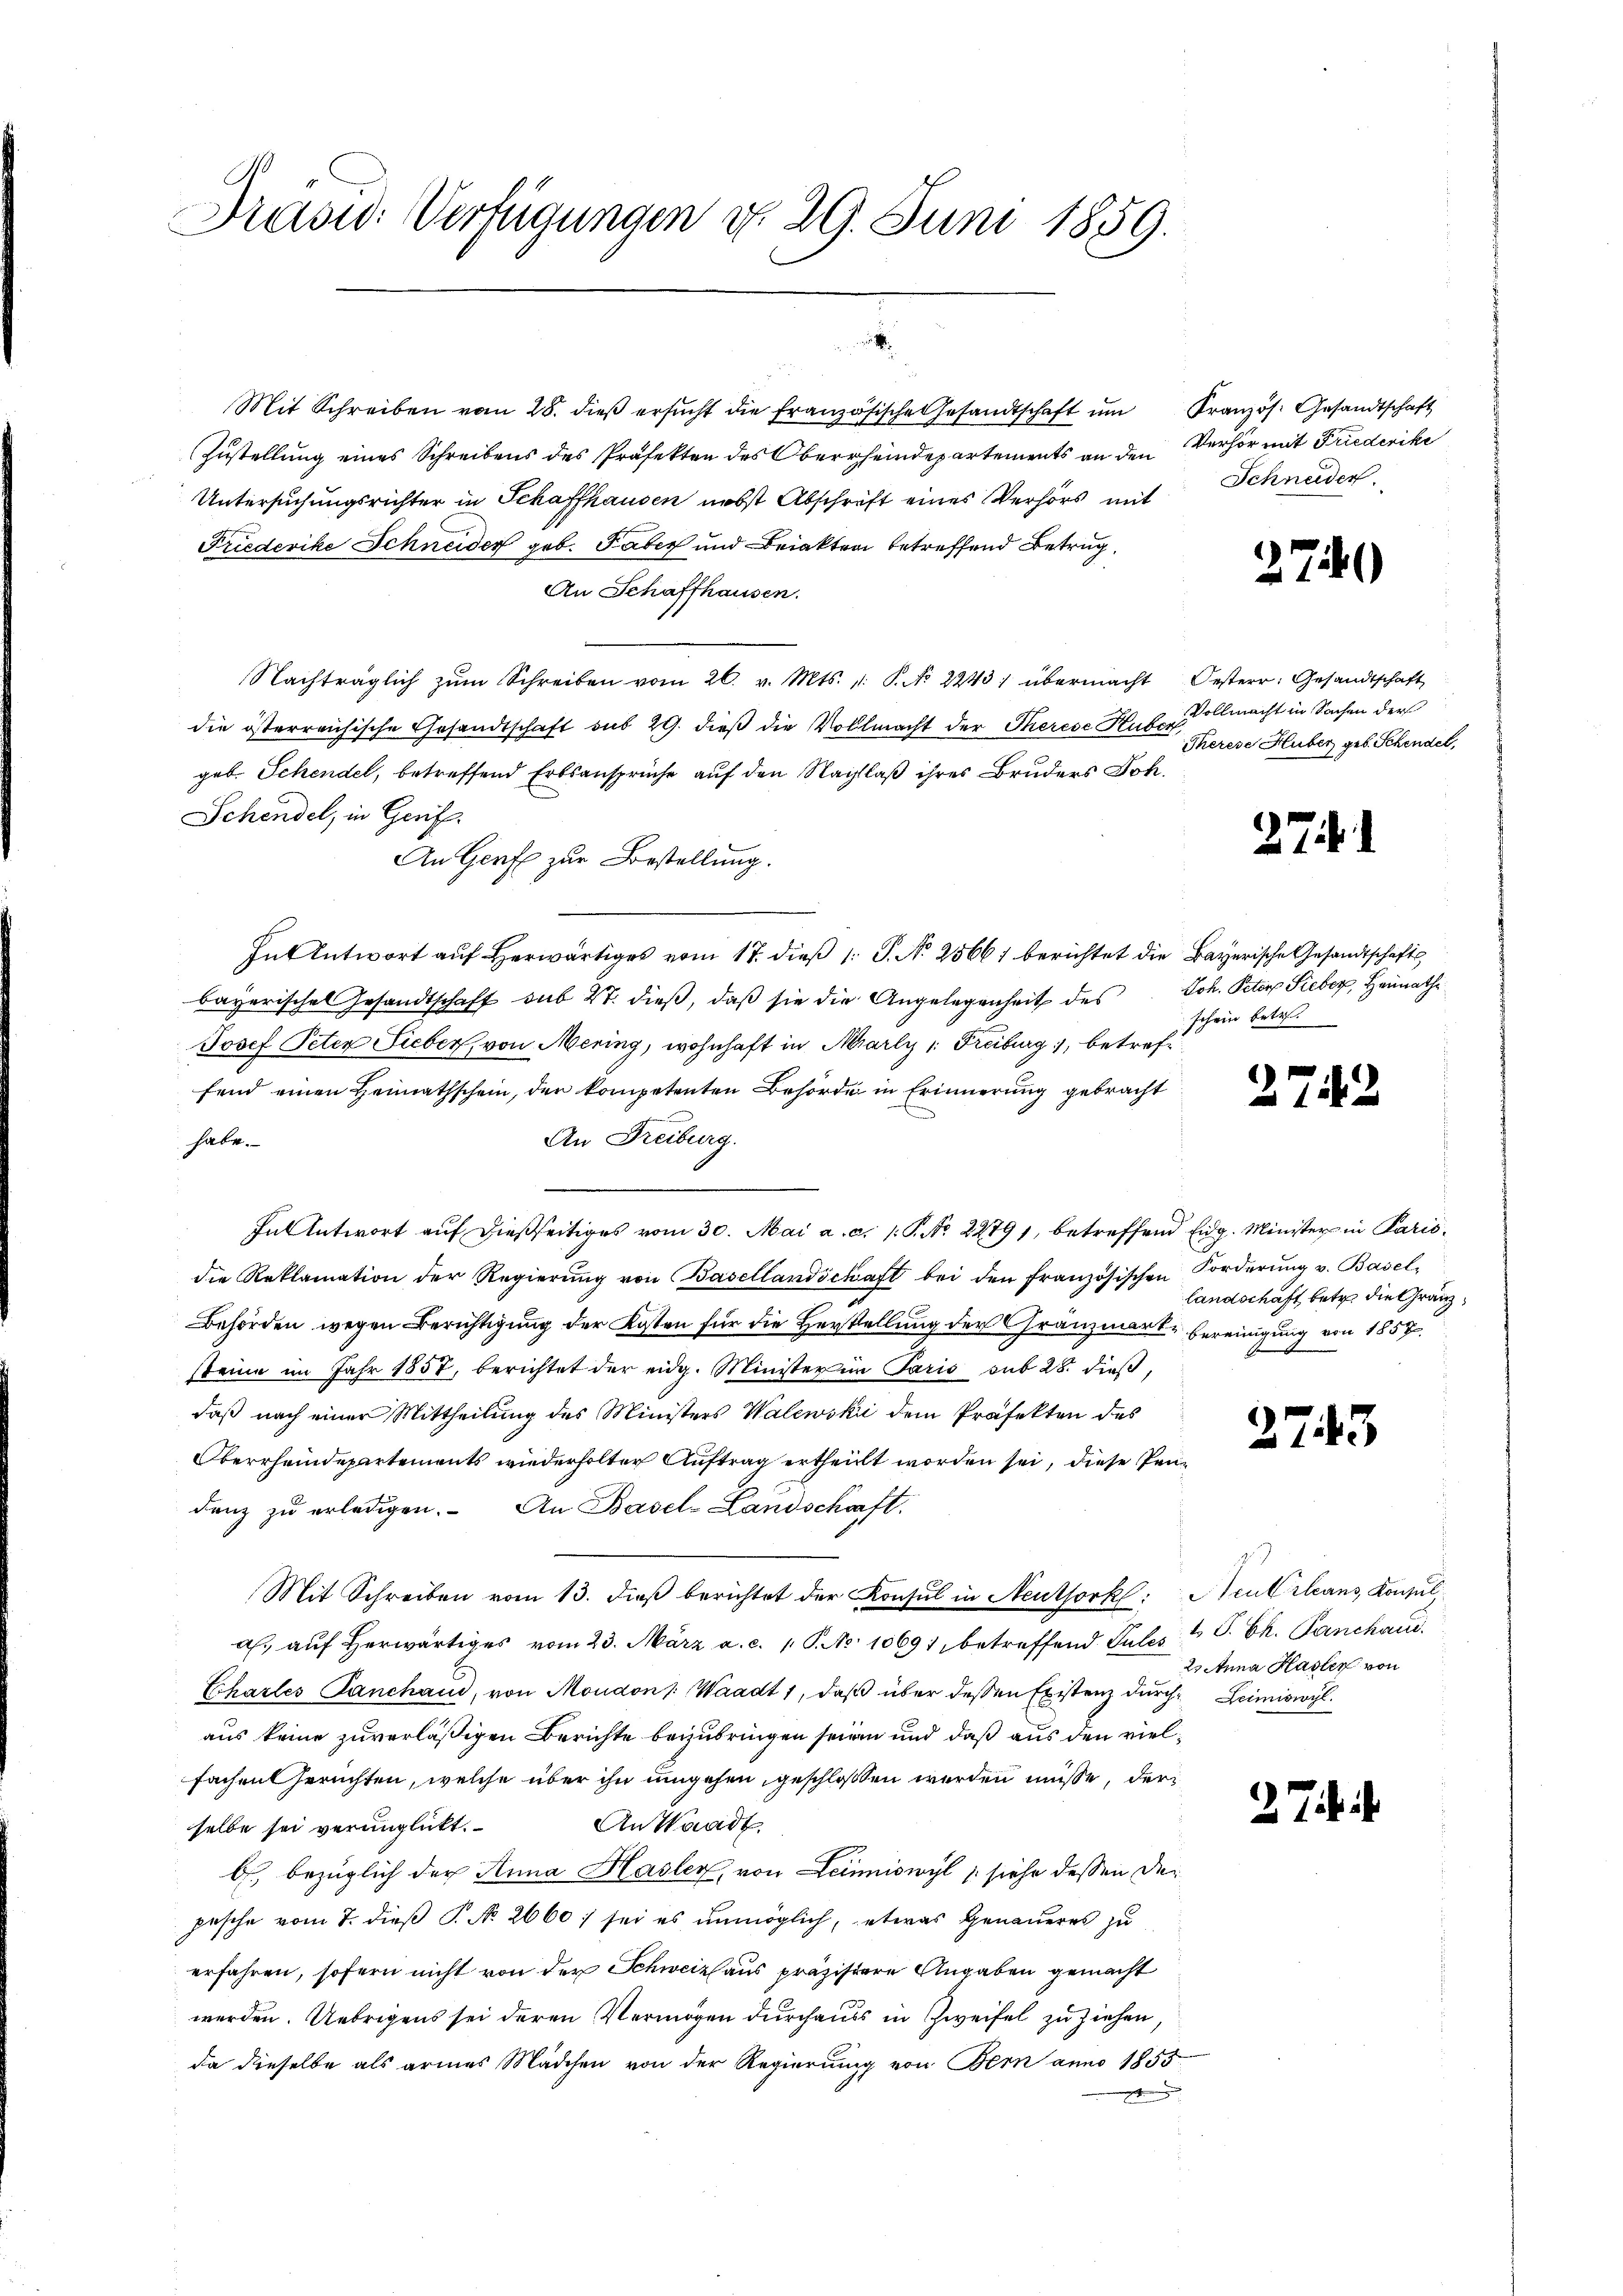
Präsid. Verfügungen d. 29. Juni 1859.

Mit Schreiben vom 28. dieß ersucht die französische Gesandtschaft um Kranzös. Gesandtschaft
Zustellung eines Schreibens des Präfekten des Oberrheindepartements an den Verhör mit Friederike
Untersuchungsrichter in Schaffhausen nebst Abschrift eines Verhörs mit Schneider
Friederike Schneider geb. Faber und Briakten betreffend Betrug,
An Schaffhausen.
Nachträglich zŭm Schreiben vom 26. v. Mts. v. P. No 2243. übermacht Oesterr. Gesandtschaft
die österreichische Gesandtschaft sub 29. dieß die Vollmacht der Therese Huber,
geb. Schendel, betreffend Erbsansprüche auf den Nachlaß ihres Bruders Joh.
Schendel, in Geriff
An Genf zur Bestellung.
In Antwort auf herwärtiges vom 17. dieß 1: P. N. 2566) berichtet die Bayerische Gesandtschafts
bayerisches Gesandtschaft sub 27. dieß, daß sie die Angelegenheit des Joh. Peter Sieber, Heimathe
Josef Peter Lieber, von Mering, wohnhaft in Marly v. Freiburg, betreffend einen Heimathschein, der kompetenten Behörde in Erinnerung gebracht
An Freiburg.
habe.
1
In Antwort aŭf dießseitiges vom 30. Mai a. c. 1: P. Nr. 2279, betreffend Eidg. Minister in Parisdie Reklamation der Regierŭng von Basellandschaft bei den französischen Forderŭng v. Basel-
Behörden wegen Berichtigung der Kosten für die Herstellung der Gränzmark bereinigung von 1857
steine im Jahr 1857, berichtet der eidg. Minister in Paris sub 28. dieβ,
daß nach einer Mittheilung des Ministers Walewski dem Präfekten des
Oberrheindepartements wiederholter Auftrag ertheillt worden sei, diese Pendenz zu erledigen. An Basel-Landschaft.
Mit Schreiben vom 13. dieβ berichtet der Konsul in Neuthork: Neubilans, Konsul
a. aŭf herwärtiges vom 23. März a. c. 1. P. No 10691, betreffend Pules 1 S. Ch. Panchand
Echales Panchani, von Moudon : Waadt 1, daß über dessen Existenz durch Leimiswyl
aus keine zuverläßigen Berichte beizubringen seien und daß aus den vielfachen Gerichten, welche über ihn umgehen, geschloßen werden müsse, der
An Waadt.
selbe sei verünglickt.
b) bezüglich der Anna Hasler, von Leimiswyl (siehe dessen Depische vom 7. dieß P. No. 2660; sei es unmöglich, etwas genaueres zu
erfahren, sofern nicht von der Schweiz aus präzisiere Angaben gemacht
werden. Uebrigens sei deren Vermögen durchauss in Zweifel zu ziehen,
da dieselbe als armes Mädchen von der Regierung von Bern anno 1855
m

2741)

Vollmacht in Sachen der
Therese Huber geb. Schendel,

27.

schein betr.

2742

landschäft betr. die Gränzg.

2743

2 Anna Hasler von

27